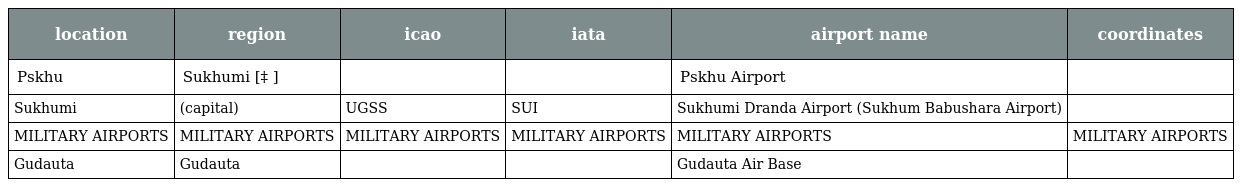
| location | region | icao | iata | airport name | coordinates |
 | --- | --- | --- | --- | --- | --- |
 | Pskhu | Sukhumi [‡ ] |  |  | Pskhu Airport |  |
 | Sukhumi | (capital) | UGSS | SUI | Sukhumi Dranda Airport (Sukhum Babushara Airport) |  |
 | MILITARY AIRPORTS | MILITARY AIRPORTS | MILITARY AIRPORTS | MILITARY AIRPORTS | MILITARY AIRPORTS | MILITARY AIRPORTS |
 | Gudauta | Gudauta |  |  | Gudauta Air Base |  |